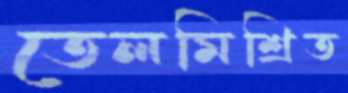
তেলমিশ্রিত